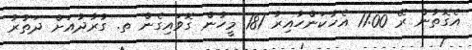
އެގޮތުން ރޭ 11:00 އެހާކަންހާއިރު 181 މީހުން ގޮވައިގެން ތ. ގުރާދުއަށް ދަތުރު